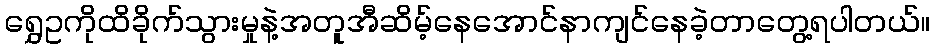
ရွှေဥကိုထိခိုက်သွားမှုနဲ့အတူအီဆိမ့်နေအောင်နာကျင်နေခဲ့တာတွေ့ရပါတယ်။